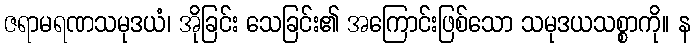
ဇရာမရဏသမုဒယံ၊ အိုခြင်း သေခြင်း၏ အကြောင်းဖြစ်သော သမုဒယသစ္စာကို။ န